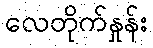
လေတိုက်နှုန်း